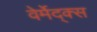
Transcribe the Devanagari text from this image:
वेर्मेद्क्स